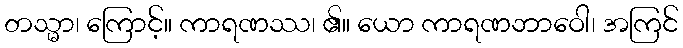
တသ္မာ၊ ကြောင့်။ ကာရဏဿ၊ ၏။ ယော ကာရဏဘာဝေါ၊ အကြင်